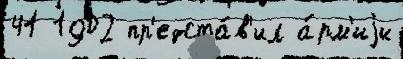
41 1902 пр'едста́в'ил а́рм'иjи